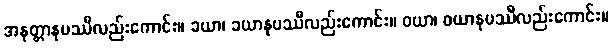
အနတ္တာနုပဿီလည်းကောင်း။ ခယာ၊ ခယာနုပဿီလည်းကောင်း။ ဝယာ၊ ဝယာနုပဿီလည်းကောင်း။